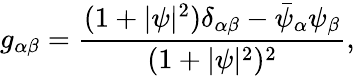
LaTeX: g_{\alpha\beta}=\frac{(1+\vert\psi\vert^{2})\delta_{\alpha\beta}-\bar{\psi}_{\alpha}\psi_{\beta}}{(1+\vert\psi\vert^{2})^{2}},